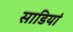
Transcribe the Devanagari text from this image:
साडियां